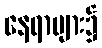
နေရာများ၌